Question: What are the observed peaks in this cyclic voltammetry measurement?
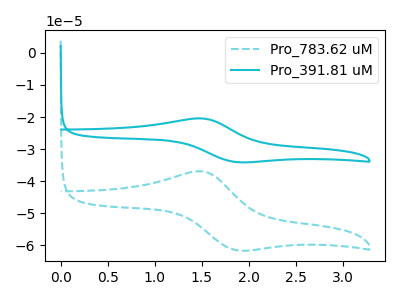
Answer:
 <answer>The cyan dashed curve "Pro_783.62 uM" has an anodic peak at (1.50V, -36.95uA) and a cathodic peak at (1.90V, -61.60uA). The cyan curve "Pro_391.81 uM" has an anodic peak at (1.50V, -20.45uA) and a cathodic peak at (1.90V, -34.10uA).</answer>
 <eval></eval>